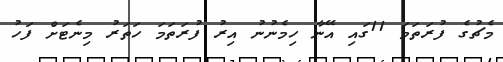
މެޗުގެ ފުރަތަމަ 11ގައި އޭނާ ހިމެނުނު އިރު ފުރަތަމަ ހަތަރު މިނެޓަށް ފަހު